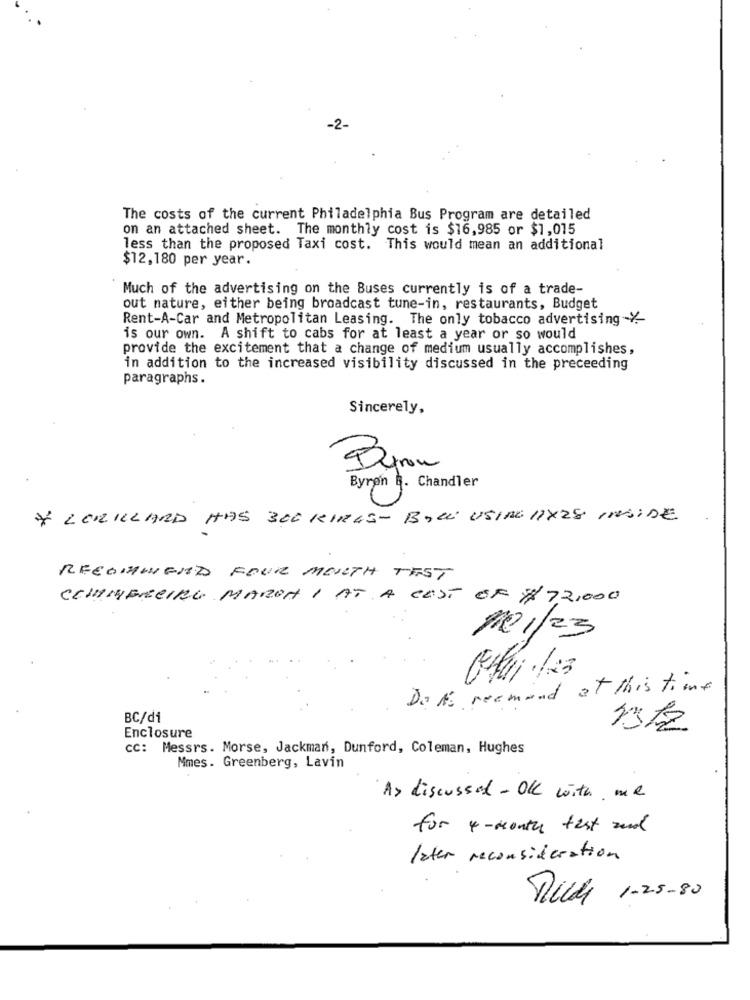
-2-
The costs of the current Philadelphia Bus Program are detailed
on an attached sheet. The monthly cost is $16,985 or $1,015
less than the proposed Taxi cost. This would mean an additional
$12,180 per year.
Much of the advertising on the Buses currently is of a trade-
out nature, either being broadcast tune-in, restaurants, Budget
Rent-A-Car and Metropolitan Leasing. The only tobacco advertising %-
is our own. A shift to cabs for at least a year or so would
provide the excitement that a change of medium usually accomplishes,
in addition to the increased visibility discussed in the preceeding
paragraphs.
Sincerely,
Byron
Byron R. Chandler
* LORILLARD HAS 300 KIRGS- BILL USING 11X28 INSIDE
RECOMMEND FOUR MOUTH TEST
COMMERCIAL MARCH 1 AT A COST OF $72,000
10/23
Do AS reemand at this time
BC/di
Enclosure
CC: Messrs. Morse, Jackman, Dunford, Coleman, Hughes
Mmes. Greenberg, Lavin
A> discussed - OK with me
for 4-month test and
later reconsideration
Milch 1-25-80